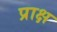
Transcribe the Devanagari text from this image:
प्राक्ष